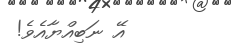
އޭ ނަބިއްޔާއެވެ!